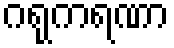
ဂရုကရဏာ